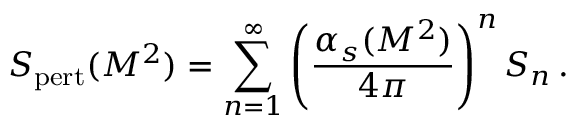
S _ { \mathrm { p e r t } } ( M ^ { 2 } ) = \sum _ { n = 1 } ^ { \infty } \Bigg ( { \frac { \alpha _ { s } ( M ^ { 2 } ) } { 4 \pi } } \Bigg ) ^ { n } \, S _ { n } \, .